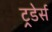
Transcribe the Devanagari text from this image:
ट्रडेर्स